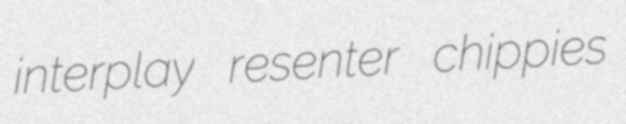
interplay resenter chippies